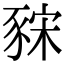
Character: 𧱍